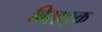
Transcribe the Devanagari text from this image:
विरहङ्क